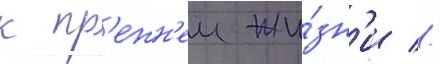
к пр'ежн'еи жи́зн'и //